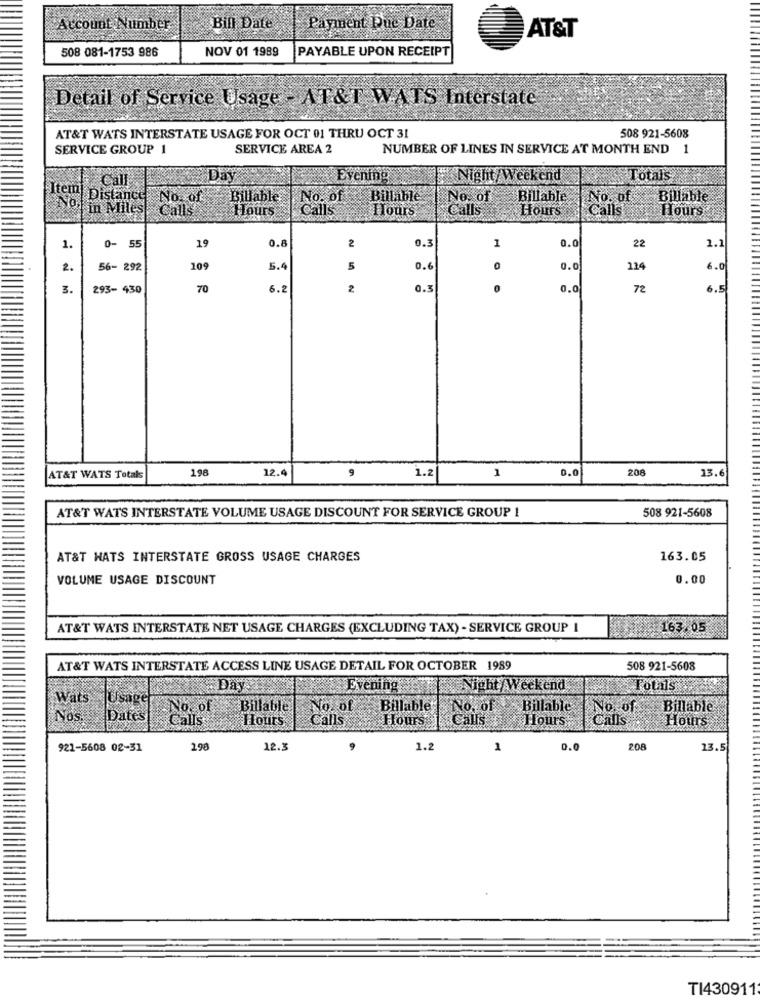
Account Number
Bill Date
Payment Due Date
AT&T
508 081-1753 986
NOV 01 1989
PAYABLE UPON RECEIPT
Detail of Service Usage - AT&T WATS Interstate
AT&T WATS INTERSTATE USAGE FOR OCT 01 THRU OCT 31
508 921-5608
SERVICE GROUP 1
SERVICE AREA 2
NUMBER OF LINES IN SERVICE AT MONTH END 1
Totals
Call
Evening
Night/Weekend
Item
Distance
Billable
No. of
Billable
No. 01
Billable
No. of
Billable
No.
| in Miles
Calls
Calls
Hours
Calls
Hours
Calls
Hours
Hours
19
0.8
0.3
2.0
22
1.1
1.
0- 55
2
1
2.
56- 292
109
5.4
5
0.6
0
0.0
124
6.0
3.
293- 430
70
5.2
2
0.3
0.0
72
6.5
198
12.4
9
1.2
1
0.0
208
13.6
AT&T WATS Totals
AT&T WATS INTERSTATE VOLUME USAGE DISCOUNT FOR SERVICE GROUP 1
508 921-5608
AT&T HATS INTERSTATE GROSS USAGE CHARGES
163.05
VOLUME USAGE DISCOUNT
0.00
AT&T WATS INTERSTATE NET USAGE CHARGES (EXCLUDING TAX) - SERVICE GROUP I
163.05
AT&T WATS INTERSTATE ACCESS LINE USAGE DETAIL FOR OCTOBER 1989
508 921-5608
Evening
Night/Weekend
Totals
Wats
Usage
No. of
Billable
No. of
Billable
No. of
Billable
Billable
Nos,
Dates
Hours
Calls
Hours
Calls
Hours:
Calls
Hours
921-5608 02-31
198
12.3
1.2
1
0.0
208
13.5
TI430911